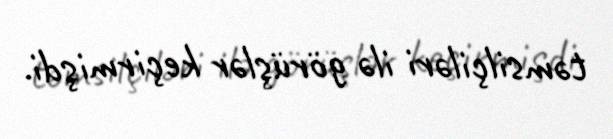
təmsilçiləri ilə görüşlər keçirmişdi.